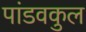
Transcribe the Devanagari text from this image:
पांडवकुल